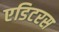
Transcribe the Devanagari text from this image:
एडिटरस